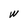
Character: W